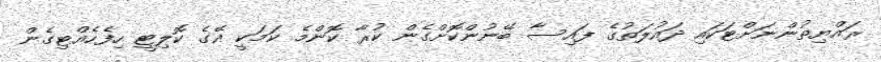
ރައްޔިތުންނަށްޓަކައި ދައުލަތުގެ ފައިސާ ބޭނުންކޮށްގެން ކުރާ ކޮންމެ ކަމަކީ އޭގެ ކޮލިޓީ ހިފެހެއްޓިގެން